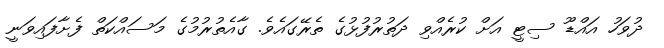
ދުވަހު އައްޑޫ ސިޓީ އަށް ކުރެއްވި ދަތުރުފުޅުގެ ތެރޭގައެވެ. ގާއެތުރުމުގެ މަސައްކަތް ފެށާފައިވަނީ